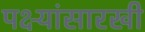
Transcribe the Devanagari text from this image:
पक्ष्यांसारखी